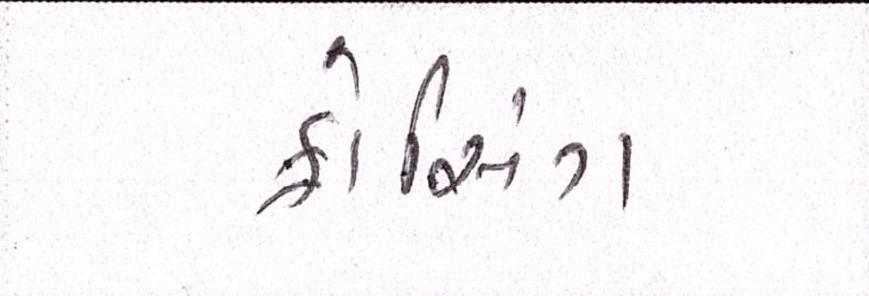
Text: ક્રોસિંગ